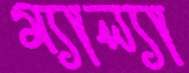
ম্যাল্যা